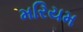
મરિયમ